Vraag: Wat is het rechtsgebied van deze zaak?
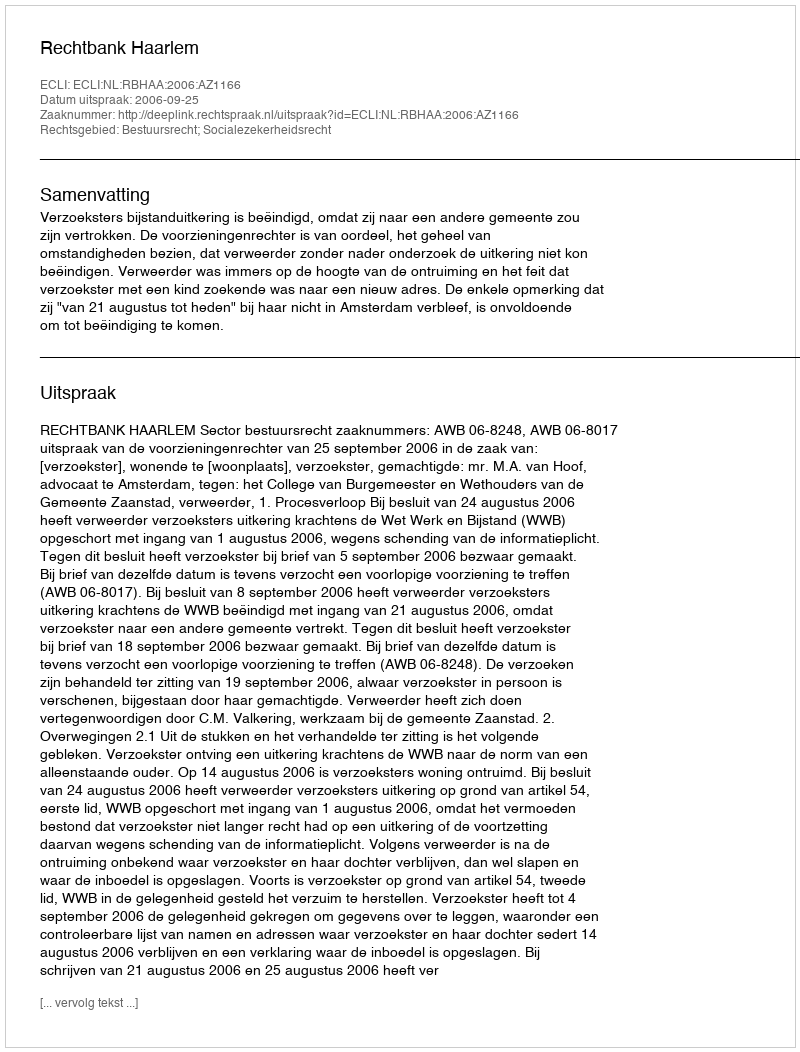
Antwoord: Bestuursrecht; Socialezekerheidsrecht